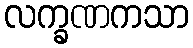
လက္ခဏကသာ